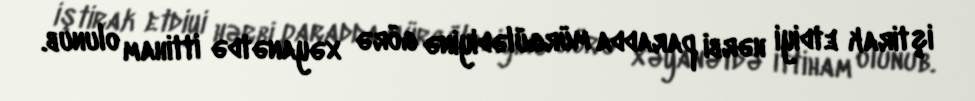
iştirak etdiyi hərbi paradda mürgülədiyinə görə xəyanətdə ittiham olunub.